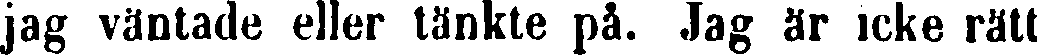
jag väntade eller tänkte på. Jag är icke rätt